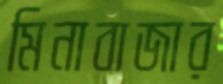
মিনাবাজার